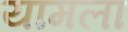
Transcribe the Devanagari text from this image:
यामला